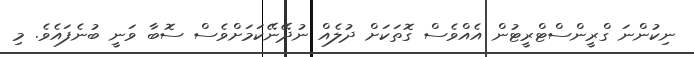
ނިކުންނަ ގްރީންސްޓްރީޓުން އެއްވެސް ގޮތަކަށް ދުލެއް ނުދޭނޭކަމަށްވެސް ސޮބާ ވަނީ ބުނެފައެވެ. މި